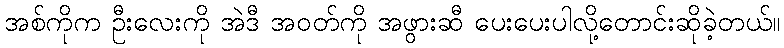
အစ်ကိုက ဦးလေးကို အဲဒီ အဝတ်ကို အဖွားဆီ ပေးပေးပါလို့တောင်းဆိုခဲ့တယ်။